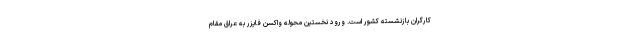
کارگران بازنشسته کشور است. ورود نخستین محوله واکسن فایزر به عراق مقام